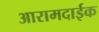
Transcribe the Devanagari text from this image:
आरामदाईक